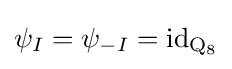
\psi _{I}=\psi _{-I}=\mathrm {id} _{\mathrm {Q} _{8}}